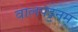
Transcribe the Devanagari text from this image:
वालपट्टनम